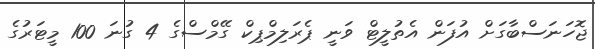
ޖޮހަނަސްބާގަށް އުފަން އެތުލީޓް ވަނީ ޕެރަލިމްޕިކް ގޭމްސްގެ 4 ގުނަ 100 މީޓަރުގެ